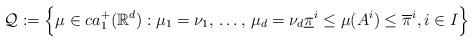
LaTeX: \begin{align*}\mathcal{Q} := \Big\{ \mu\in ca_1^+(\mathbb{R}^d):\mu_1=\nu_1,\,\dots,\,\mu_d=\nu_d \underline{\pi}^i\leq\mu(A^i)\leq \overline{\pi}^i, i\in I \Big\}\end{align*}